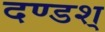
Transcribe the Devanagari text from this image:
दण्डश्